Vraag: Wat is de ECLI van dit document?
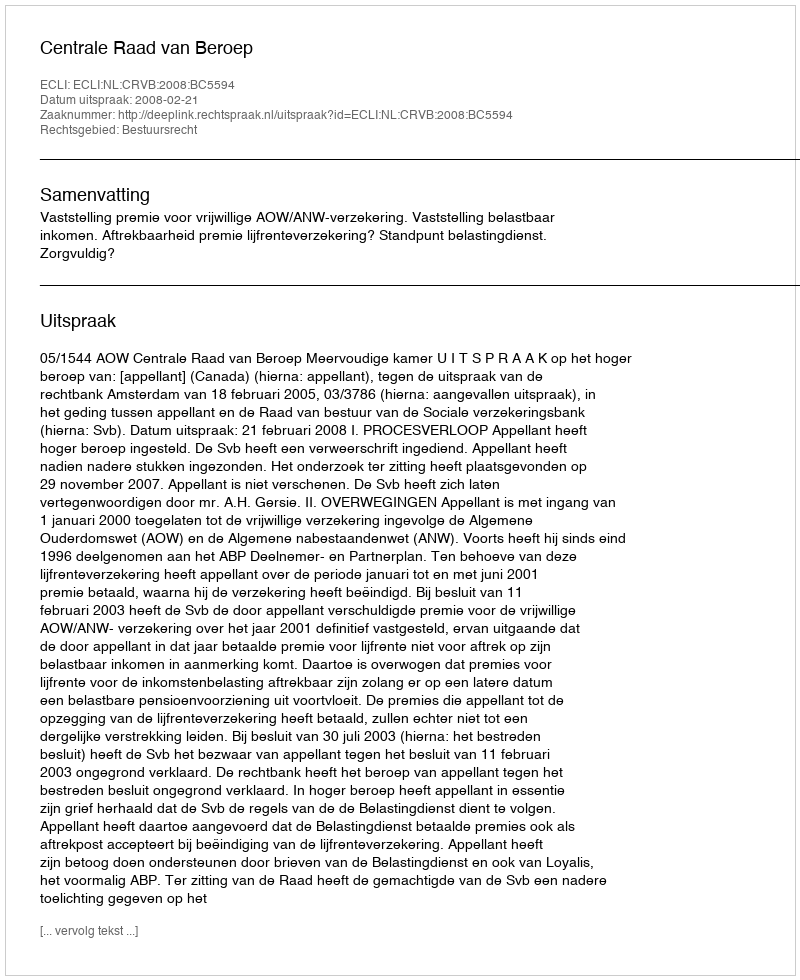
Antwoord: ECLI:NL:CRVB:2008:BC5594